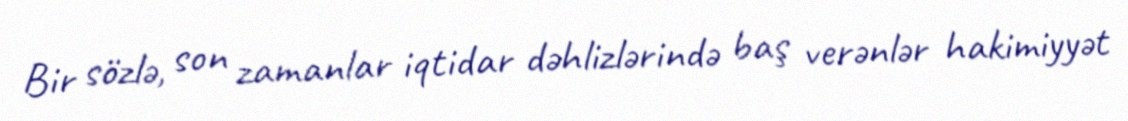
Bir sözlə, son zamanlar iqtidar dəhlizlərində baş verənlər hakimiyyət